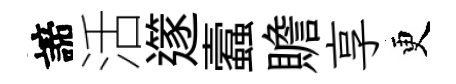
諦活𨗹蠧贍享更